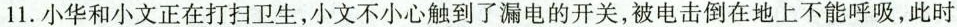
11.小华和小文正在打扫卫生，小文不小心触到了漏电的开关，被电击倒在地上不能呼吸，此时